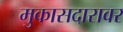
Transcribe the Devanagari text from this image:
मुकासदारावर